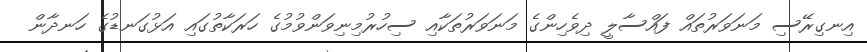
އިނގިރޭސި މަނަވަރުތައް ފައްސާލީ ދިވެހިންގެ މަނަވަރުތަކާއި ސިހުރުމިނިވަންވުމުގެ ހަރަކާތުގައި އަޅުގަނޑުގެ ހަނދާން